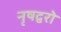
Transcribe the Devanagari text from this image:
नृषद्वरो